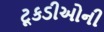
ટૂકડીઓની